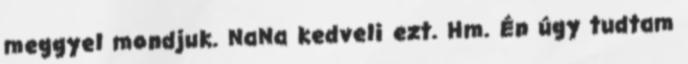
meggyel mondjuk. NaNa kedveli ezt. Hm. Én úgy tudtam